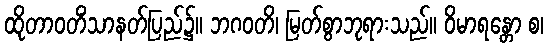
ထိုတာဝတိံသာနတ်ပြည်၌။ ဘဂဝတိ၊ မြတ်စွာဘုရားသည်။ ဝိမာရန္တော စ၊